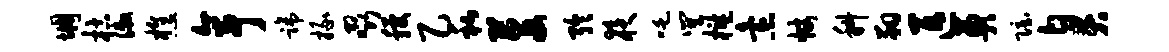
惆枯漱樵亭蹄掾啜稷乙私芟聆夜吒巽槛怠帐科翔匹奠隐臭